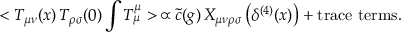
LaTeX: < T _ { \mu \nu } ( x ) \, T _ { \rho \sigma } ( 0 ) \int T _ { \mu } ^ { \mu } > \, \propto \tilde { c } ( g ) \, X _ { \mu \nu \rho \sigma } \left( \delta ^ { ( 4 ) } ( x ) \right) + \mathrm { t r a c e \, \, t e r m s . }